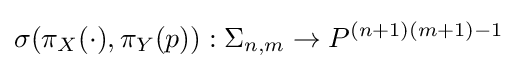
\sigma (\pi _{X}(\cdot ),\pi _{Y}(p)):\Sigma _{n,m}\to P^{(n+1)(m+1)-1}\